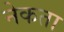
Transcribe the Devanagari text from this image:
नेकता